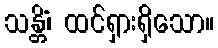
သန္တိံ၊ ထင်ရှားရှိသော။